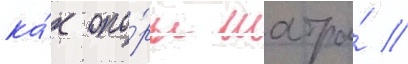
ка́к опо́ры шатра́ //